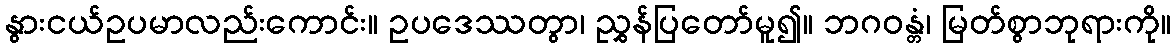
နွားငယ်ဥပမာလည်းကောင်း။ ဥပဒေဿတွာ၊ ညွှန်ပြတော်မူ၍။ ဘဂဝန္တံ၊ မြတ်စွာဘုရားကို။